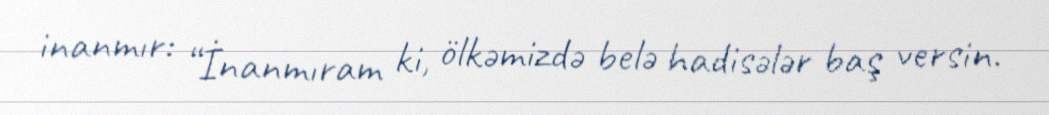
inanmır: “İnanmıram ki, ölkəmizdə belə hadisələr baş versin.